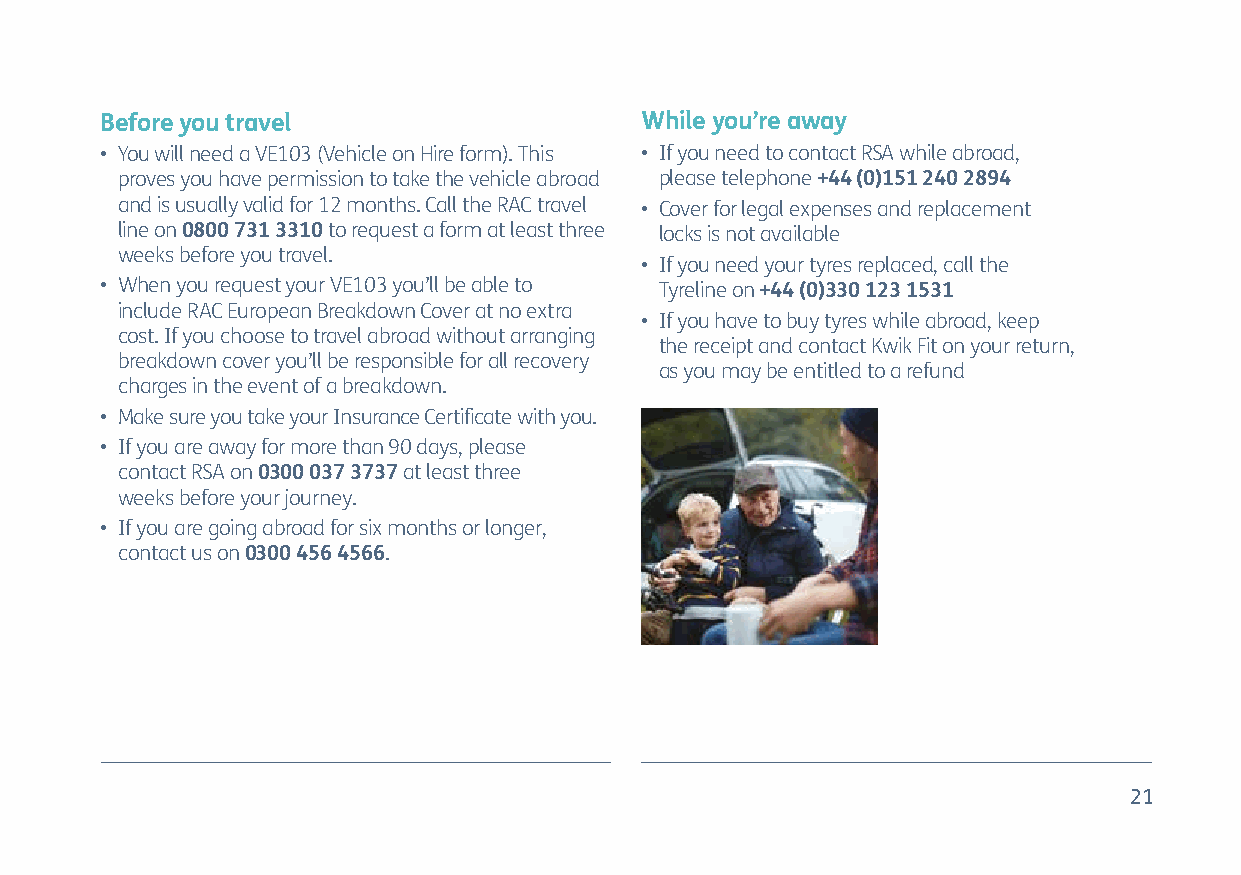
Before you travel                  While you’re away
 • You will need a VE103 (Vehicle on Hire form). This • If you need to contact RSA while abroad,
 proves you have permission to take the vehicle abroad please telephone +44 (0)151 240 2894
 and is usually valid for 12 months. Call the RAC travel • Cover for legal expenses and replacement
 line on 0800 731 3310 to request a form at least three locks is not available
 weeks before you travel.
 • If you need your tyres replaced, call the
 • When you request your VE103 you’ll be able to Tyreline on +44 (0)330 123 1531
 include RAC European Breakdown Cover at no extra
 • If you have to buy tyres while abroad, keep
 cost. If you choose to travel abroad without arranging
 the receipt and contact Kwik Fit on your return,
 breakdown cover you’ll be responsible for all recovery
 as you may be entitled to a refund
 charges in the event of a breakdown.
 • Make sure you take your Insurance Certificate with you.
 • If you are away for more than 90 days, please
 contact RSA on 0300 037 3737 at least three
 weeks before your journey.
 • If you are going abroad for six months or longer,
 contact us on 0300 456 4566.
 21